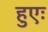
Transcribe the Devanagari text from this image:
हुएः